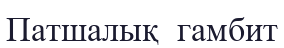
Патшалық  гамбит